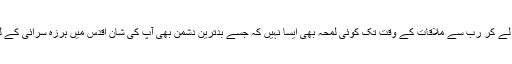
محسن انسانیتؐ کی پیدائش سے لے کر رب سے ملاقات کے وقت تک کوئی لمحہ بھی ایسا نہیں کہ جسے بدترین دشمن بھی آپؐ کی شان اقدس میں ہرزہ سرائی کے لیے بطور مثال پیش کر سکے۔